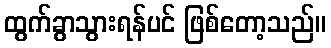
ထွက်ခွာသွားရန်ပင် ဖြစ်တော့သည်။